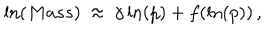
\ln ( M a s s ) \: \approx \: \gamma \ln ( p ) + f ( \ln ( p ) ) \, ,